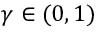
\gamma \in ( 0 , 1 )